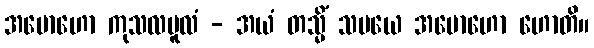
အမောဟော ကုသလမူလံ - အယံ တသ္မိံ သမယေ အမောဟော ဟောတိ။